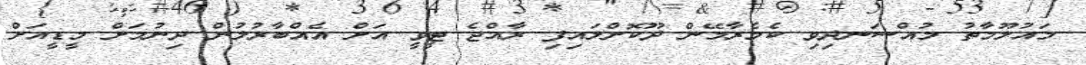
މައުލޫމާތު މުއްސަނދިވި ކެމެރާމޭން ދޫކޮށްލައިފި ރާއްޖެ ޓީވީ އަށް އެއްބާރުލުން ދިނުމަށް މީޑީއަށް